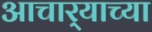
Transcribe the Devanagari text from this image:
आचार्‍याच्या